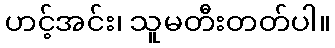
ဟင့်အင်း၊ သူမတီးတတ်ပါ။